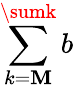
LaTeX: \sum\limits_{k=\mathbf{M}}^{\sumk}b